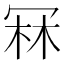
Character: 冧